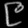
Digit: ၉